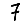
Digit: 7